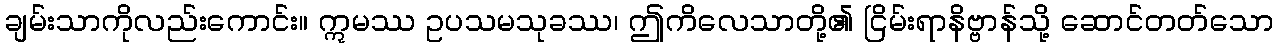
ချမ်းသာကိုလည်းကောင်း။ ဣမဿ ဥပသမသုခဿ၊ ဤကိလေသာတို့၏ ငြိမ်းရာနိဗ္ဗာန်သို့ ဆောင်တတ်သော